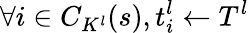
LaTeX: \forall i\in C_{K^{l}}(s),t_{i}^{l}\gets T^{l}